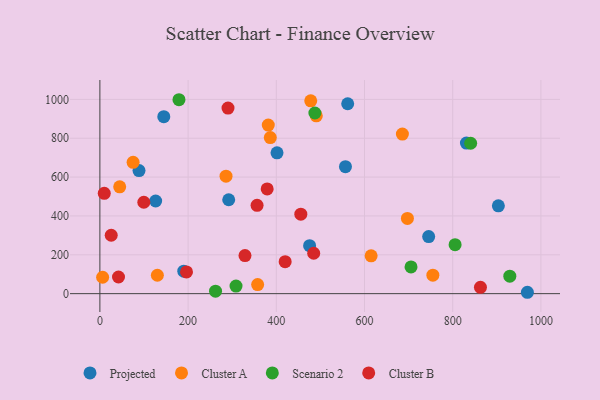
{"axis": {"x": "Distance", "y": "Sales"}, "legend": ["Cluster A", "Cluster B", "Projected", "Scenario 2"], "data": [{"x": "88.7", "y": 633.6, "type": "Projected"}, {"x": "831.1", "y": 775.2, "type": "Projected"}, {"x": "969.3", "y": 7.1, "type": "Projected"}, {"x": "903.5", "y": 452.2, "type": "Projected"}, {"x": "561.9", "y": 977.6, "type": "Projected"}, {"x": "144.9", "y": 911.2, "type": "Projected"}, {"x": "556.8", "y": 653.8, "type": "Projected"}, {"x": "475.5", "y": 247.0, "type": "Projected"}, {"x": "292.1", "y": 483.4, "type": "Projected"}, {"x": "401.6", "y": 724.8, "type": "Projected"}, {"x": "126.4", "y": 476.8, "type": "Projected"}, {"x": "745.5", "y": 294.0, "type": "Projected"}, {"x": "190.2", "y": 115.9, "type": "Projected"}, {"x": "6.2", "y": 84.5, "type": "Cluster A"}, {"x": "381.8", "y": 867.6, "type": "Cluster A"}, {"x": "490.7", "y": 915.4, "type": "Cluster A"}, {"x": "755.0", "y": 95.3, "type": "Cluster A"}, {"x": "386.4", "y": 803.4, "type": "Cluster A"}, {"x": "130.3", "y": 94.8, "type": "Cluster A"}, {"x": "685.9", "y": 821.4, "type": "Cluster A"}, {"x": "357.7", "y": 46.5, "type": "Cluster A"}, {"x": "286.0", "y": 604.7, "type": "Cluster A"}, {"x": "75.3", "y": 675.8, "type": "Cluster A"}, {"x": "44.9", "y": 549.7, "type": "Cluster A"}, {"x": "478.1", "y": 992.7, "type": "Cluster A"}, {"x": "615.0", "y": 194.9, "type": "Cluster A"}, {"x": "697.3", "y": 387.0, "type": "Cluster A"}, {"x": "929.5", "y": 89.9, "type": "Scenario 2"}, {"x": "705.5", "y": 137.7, "type": "Scenario 2"}, {"x": "179.3", "y": 998.2, "type": "Scenario 2"}, {"x": "805.4", "y": 252.0, "type": "Scenario 2"}, {"x": "308.7", "y": 39.0, "type": "Scenario 2"}, {"x": "487.5", "y": 929.8, "type": "Scenario 2"}, {"x": "840.7", "y": 774.1, "type": "Scenario 2"}, {"x": "262.2", "y": 12.7, "type": "Scenario 2"}, {"x": "25.7", "y": 300.7, "type": "Cluster B"}, {"x": "356.4", "y": 454.5, "type": "Cluster B"}, {"x": "420.1", "y": 164.4, "type": "Cluster B"}, {"x": "484.8", "y": 207.9, "type": "Cluster B"}, {"x": "290.5", "y": 955.3, "type": "Cluster B"}, {"x": "42.2", "y": 85.6, "type": "Cluster B"}, {"x": "99.6", "y": 470.4, "type": "Cluster B"}, {"x": "196.4", "y": 112.0, "type": "Cluster B"}, {"x": "329.0", "y": 196.1, "type": "Cluster B"}, {"x": "455.6", "y": 409.0, "type": "Cluster B"}, {"x": "379.3", "y": 539.3, "type": "Cluster B"}, {"x": "862.9", "y": 32.8, "type": "Cluster B"}, {"x": "9.9", "y": 516.3, "type": "Cluster B"}]}